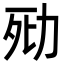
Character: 㱝